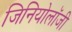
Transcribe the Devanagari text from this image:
जिनियोलॉजी